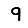
Digit: 9